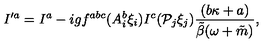
I ^ { \prime a } = I ^ { a } - i g f ^ { a b c } ( A _ { i } ^ { b } \xi _ { i } ) I ^ { c } ( { \cal P } _ { j } \xi _ { j } ) \frac { ( b \kappa + a ) } { \tilde { \beta } ( \omega + \tilde { m } ) } ,